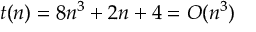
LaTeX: t ( n ) = 8 n ^ { 3 } + 2 n + 4 = O ( n ^ { 3 } )